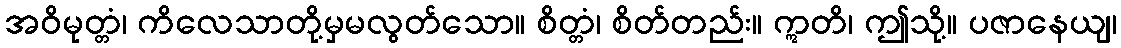
အဝိမုတ္တံ၊ ကိလေသာတို့မှမလွတ်သော။ စိတ္တံ၊ စိတ်တည်း။ ဣတိ၊ ဤသို့။ ပဇာနေယျ၊